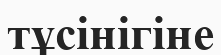
тұсінігіне